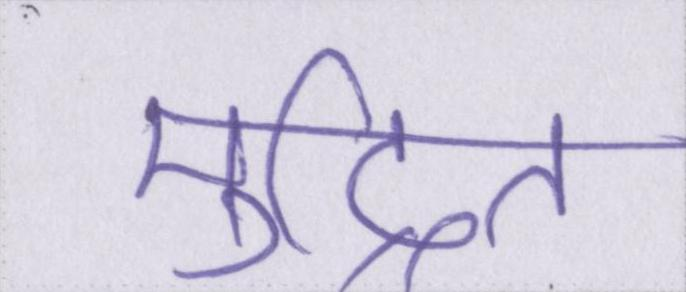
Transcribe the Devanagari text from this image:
मुद्रित